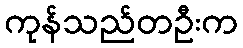
ကုန်သည်တဦးက